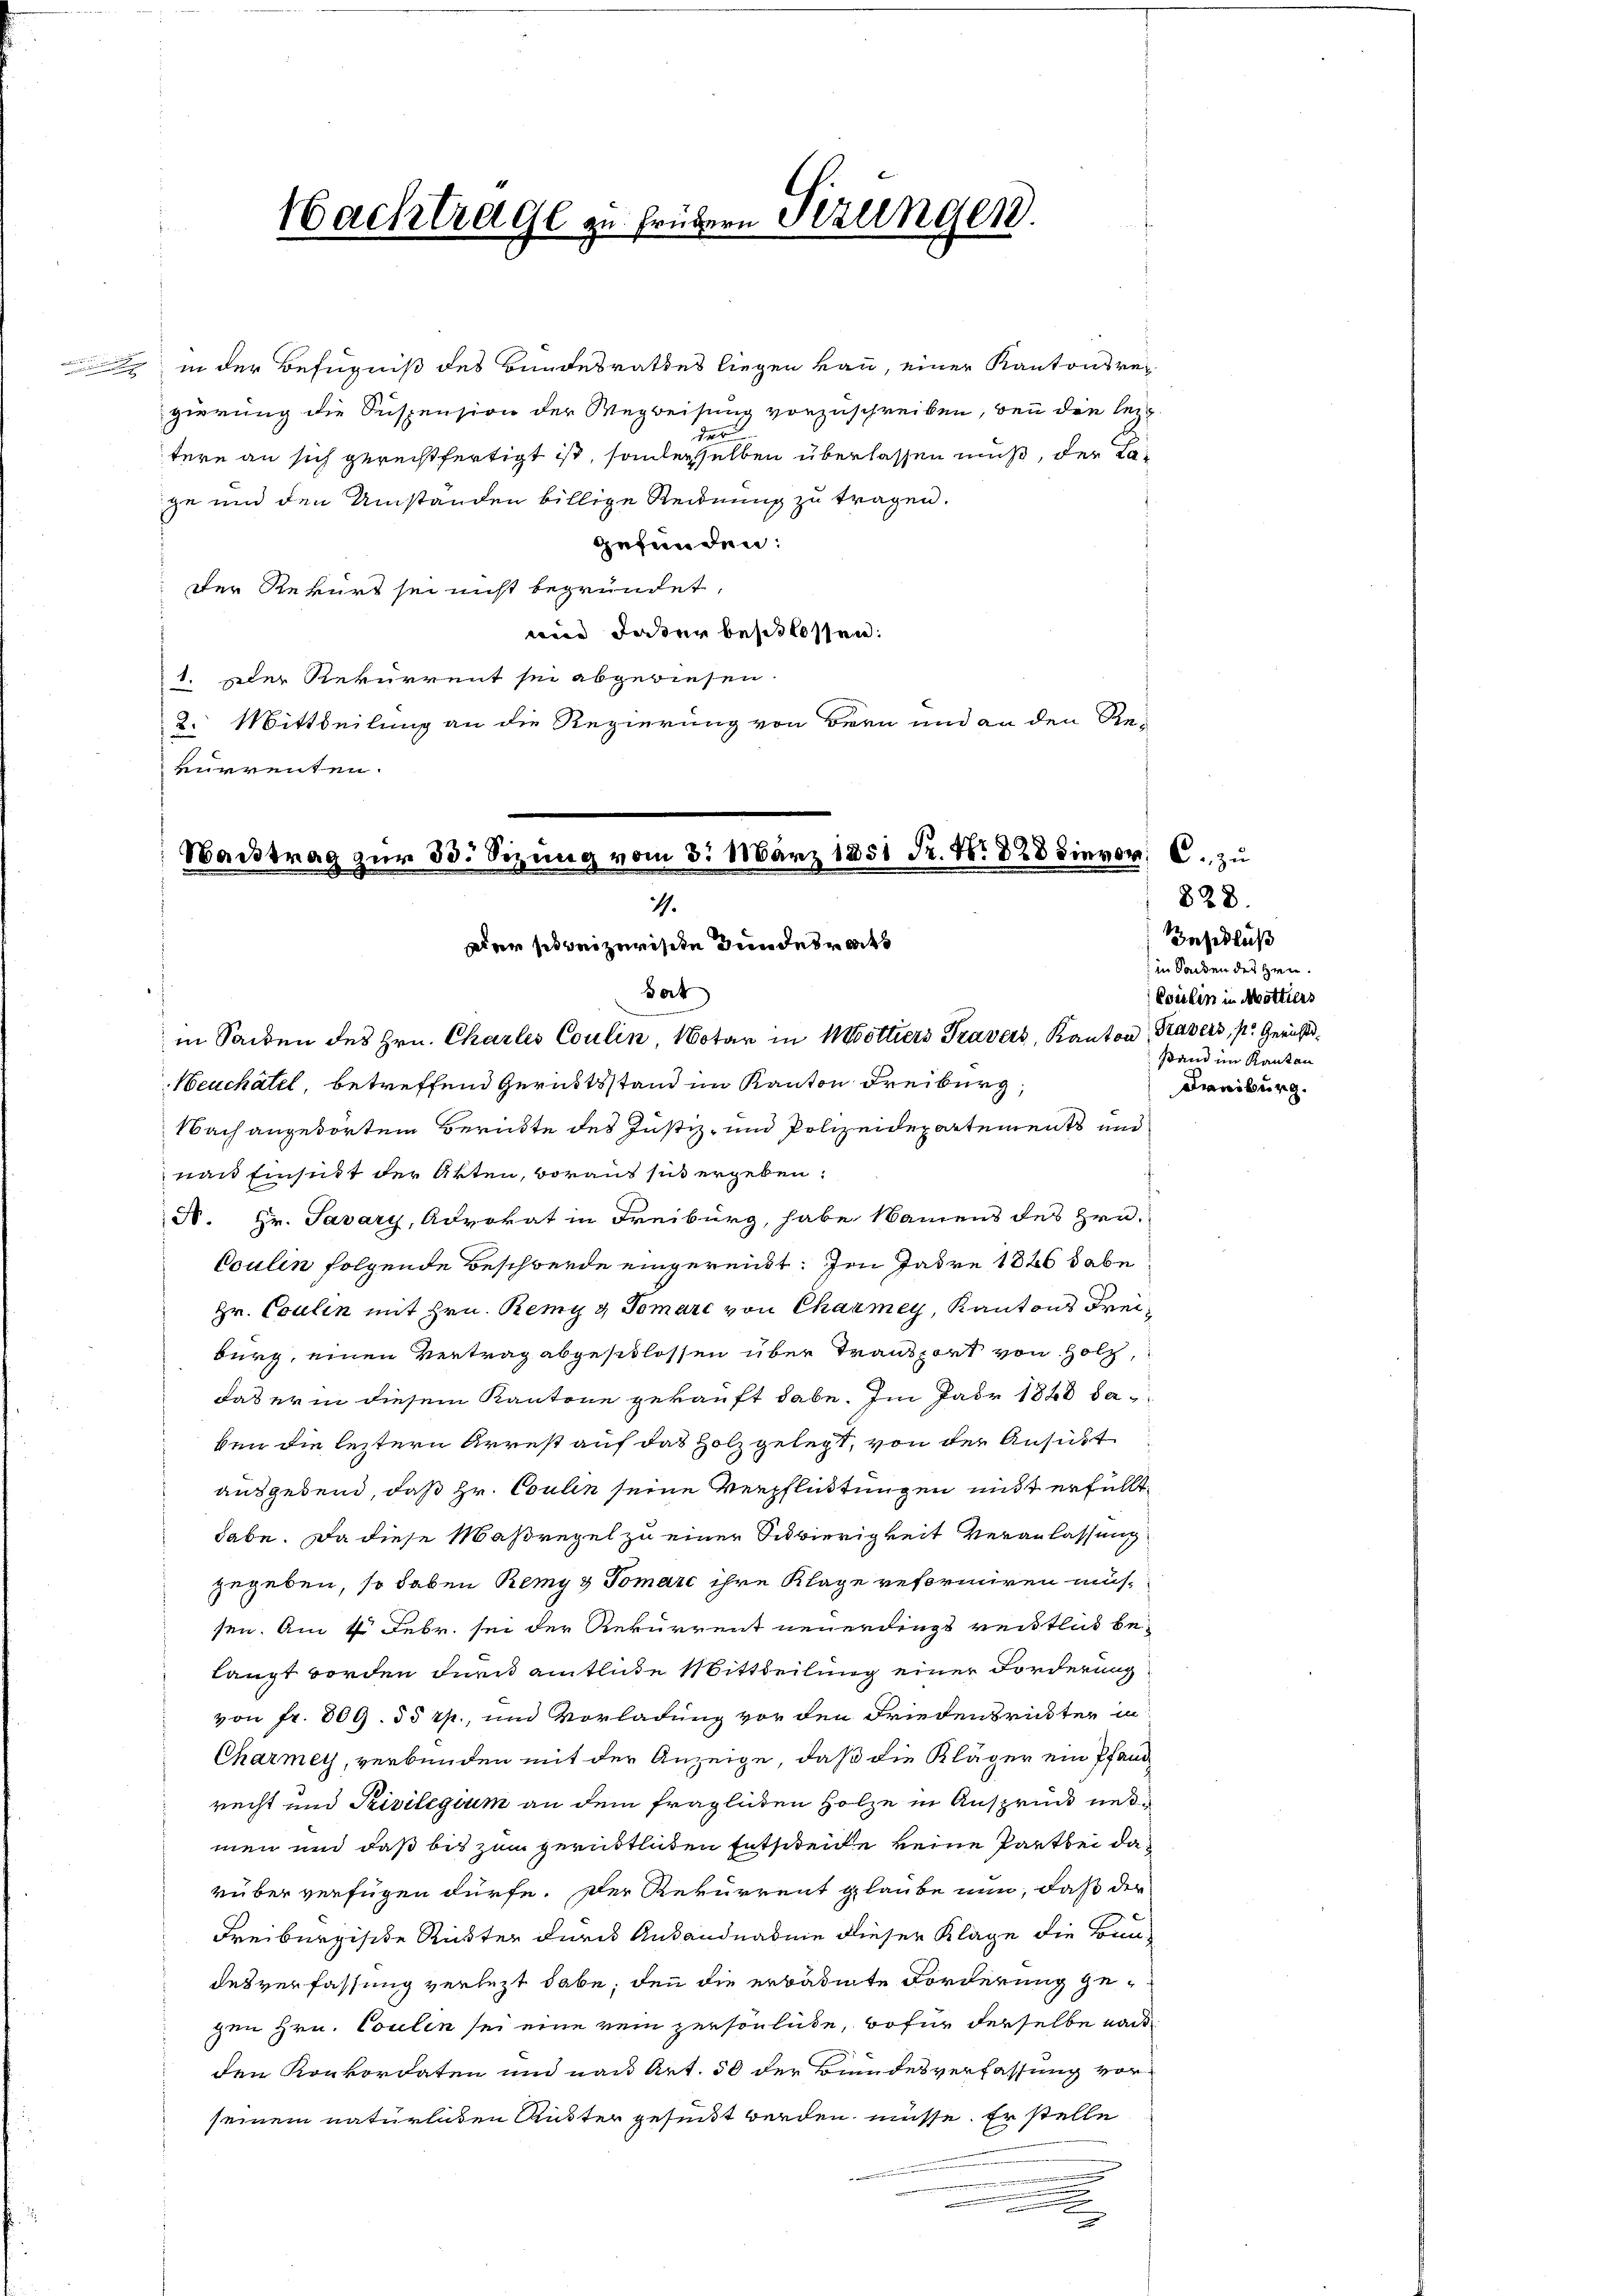
in der Befugniß des Bundesrathes liegen kan, einer Kantonsre
gierung die Suspension der Wegweisung vorzuschreiben, bei die lezt
des
tere an sich gerechtfertigt ist, sonderselben überlassen muß, der Lage und den Umständen billige Reidnung zu tragen.
gefunden:
Der Rekurt sei nicht begründet,
mie daher beschlossen:
1. Der Rekurrent sei abgewiesen.
2. Mittheilung an die Regierung von Bern und an den Re-
vurrenten.

Nachtrage zu frühern Sitzungen.

Wantrag zŭr 33. Sitzung vom 8. März 1851 Fr. Nr. 828 hievon C. zu
1.
Der sie beizurische Bundesrats
Bot
in Seiden des Hrn. Charlis Coulin, Notar in Mottiers Travers, Kanton Travers, pr. Gerichts¬

Neuchâtel, betreffend Gerichtsstand im Kanton Freiburg,
Nach angedörten Berükte des Justiz- und Polizeidepartements und
nach Einsicht der Akten, voraus sus ergeben:
N. Hr. Savary, Advokat in Freiburg, habe Namens des Hrn.
Coulin folgende Beschwerde eingereicht. Im Jahre 1826 habe
Hr. Coulin mit Hrn. Remy g Tomarc von Charmey, Kantons Freiburg, einen Vertrag abgeschlossen über Transport von Holz,
das er in diesem Kantone gekauft habe. Im Jahr 1848 daben die leztern Arrest auf das Holz gelegt, von der Ansucht
ausgebend, daß Hr. Coulin seine Verpflichtungen mit erfüllt,
habe. Da diese Maßregel zu einer Schwierigkeit Veranlassung
gegeben, so haben Remy & Tomarc ihre Klage reformiren müssen. Am 4. Febr. sei der Rekurrent neuerdings reistlich belangt worden durch amtliche Mittheilung einer Forderung
von fr. 809. 55 rp., und Vorladung vor den Friedensrickter in
Charmey, verbunden mit der Anzeige, daß die Kläger ein Pfandrecht und Privilegium an dem fraglichen Holze in Anspruck nemen und daß bis zum gerüstlichen Entscheide keine Partbei darüber verfügen dürfe. Der Rekurrent glaube nun, daß der
Freiburgische Ruster durch Anhandnaben dieser Klage die Baudesverfassung verletzt habe; den die erbadete Forderung gezem Hrn. Coulen sei eine rein persönliche, wofür derselbe nach
den Konkordaten und nau Art. 50 der Bundesverfassung vorseinem natürlichen Auster gesundt werden müsse. Er stelle

828.
Zasidluß
in Sanden des Heer.
Coulin in Motters
stand im Kanton
Freiburg.